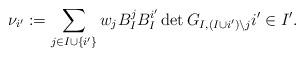
LaTeX: \begin{align*}\nu_{i^\prime}:= \sum_{j \in I\cup \{i^\prime\}} w_j B_I^{j} B_I^{i^\prime}\det G_{I , (I \cup i^\prime)\backslash j } i^\prime \in I^\prime.\end{align*}